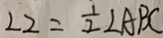
\angle 2 = \frac { 1 } { 2 } \angle A B C